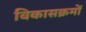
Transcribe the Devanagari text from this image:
विकासक्रमों